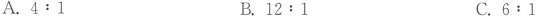
A.4﹔1 B.12﹔1 C.6﹔1